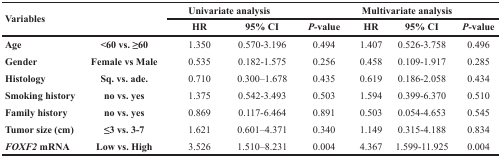
<table><thead><tr><td rowspan="2"><b>Variables</b></td><td rowspan="2"></td><td colspan="2"><b>Univariate analysis</b></td><td></td><td colspan="2"><b>Multivariate analysis</b></td><td></td></tr><tr><td><b>HR</b></td><td><b>95% CI</b></td><td><b><i>P-</i>value</b></td><td><b>HR</b></td><td><b>95% CI</b></td><td><b><i>P-</i>value</b></td></tr></thead><tbody><tr><td><b>Age</b></td><td><b>&lt;60 vs. ≥60</b></td><td>1.350</td><td>0.570-3.196</td><td>0.494</td><td>1.407</td><td>0.526-3.758</td><td>0.496</td></tr><tr><td><b>Gender</b></td><td><b>Female vs Male</b></td><td>0.535</td><td>0.182-1.575</td><td>0.256</td><td>0.458</td><td>0.109-1.917</td><td>0.285</td></tr><tr><td><b>Histology</b></td><td><b>Sq. vs. ade.</b></td><td>0.710</td><td>0.300–1.678</td><td>0.435</td><td>0.619</td><td>0.186-2.058</td><td>0.434</td></tr><tr><td><b>Smoking history</b></td><td><b>no vs. yes</b></td><td>1.375</td><td>0.542-3.493</td><td>0.503</td><td>1.594</td><td>0.399-6.370</td><td>0.510</td></tr><tr><td><b>Family history</b></td><td><b>no vs. yes</b></td><td>0.869</td><td>0.117-6.464</td><td>0.891</td><td>0.503</td><td>0.054-4.653</td><td>0.545</td></tr><tr><td><b>Tumor size (cm)</b></td><td><b>≤3 vs. 3-7</b></td><td>1.621</td><td>0.601–4.371</td><td>0.340</td><td>1.149</td><td>0.315-4.188</td><td>0.834</td></tr><tr><td><b><i>FOXF2</i> mRNA</b></td><td><b>Low vs. High</b></td><td>3.526</td><td>1.510–8.231</td><td>0.004</td><td>4.367</td><td>1.599-11.925</td><td>0.004</td></tr></tbody></table>